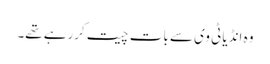
وہ انڈیا ٹی وی سے بات چیت کررہے تھے۔